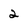
Character: 2